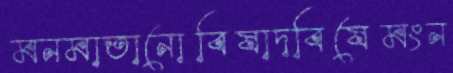
মনমাতানোবিষাদবিষেমংন